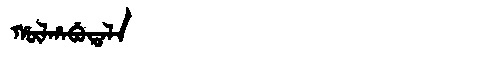
Manchu: ᡥᡡᠯᡥᠠᠪᡠᡨᠠᠯᠠ
Romanization: HŪLHABUTALA